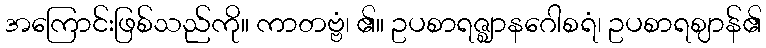
အကြောင်းဖြစ်သည်ကို။ ကာတဗ္ဗံ၊ ၏။ ဥပစာရဇ္ဈာနဂေါစရံ၊ ဥပစာရဈာန်၏